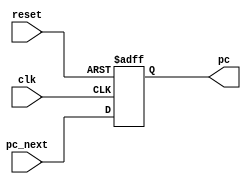
/*
 * @Author: Eric Wong 
 * @Date: 2022-01-15 22:54:00 
 * @Last Modified by:   Eric Wong 
 * @Last Modified time: 2022-01-15 22:54:00 
 */

module pc_reg # (
        parameter Width = 32
    )
    (
        input                   clk,
        input                   reset,                  // Active high
        input       [Width-1:0] pc_next,
        output reg  [Width-1:0] pc
    );
    always @(posedge clk or posedge reset) begin
        if (reset) begin
            pc <= 0;
        end

        else begin
            pc <= pc_next;
        end
    end
endmodule